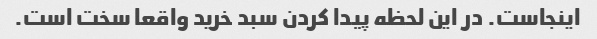
اینجاست. در این لحظه پیدا کردن سبد خرید واقعا سخت است.